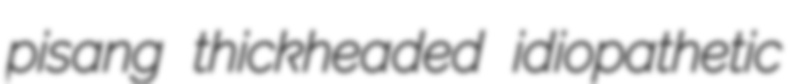
pisang thickheaded idiopathetic